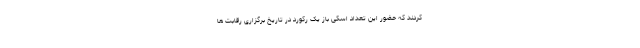
کردند که حضور این تعداد اسکی باز یک رکورد در تاریخ برگزاری رقابت ها